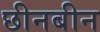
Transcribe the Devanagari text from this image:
छीनबीन